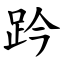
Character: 趻